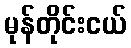
မုန်တိုင်းငယ်